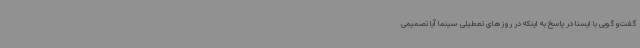
گفت‌وگویی با ایسنا در پاسخ به اینکه در روزهای تعطیلی سینما آیا تصمیمی